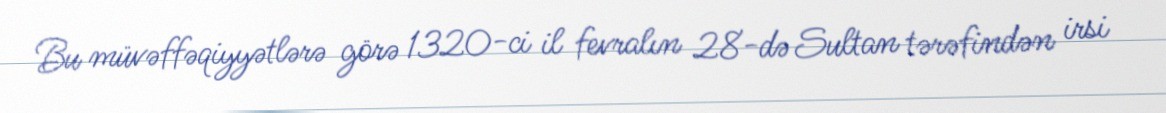
Bu müvəffəqiyyətlərə görə 1320-ci il fevralın 28-də Sultan tərəfindən irsi